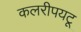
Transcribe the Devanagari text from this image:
कलरीपयटू